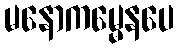
မနောကမ္မေနပေ